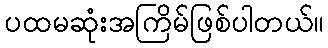
ပထမဆုံးအကြိမ်ဖြစ်ပါတယ်။